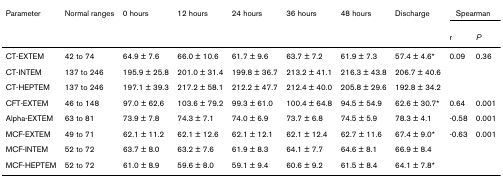
| Parameter | Normal ranges | 0 hours | 12 hours | 24 hours | 36 hours | 48 hours | Discharge | <COLSPAN=2> Spearman |
 |  |  |  |  |  |  |  |  | r | P |
 | --- | --- | --- | --- | --- | --- | --- | --- | --- | --- |
 | CT-EXTEM | 42 to 74 | 64.9 ± 7.6 | 66.0 ± 10.6 | 61.7 ± 9.6 | 63.7 ± 7.2 | 61.9 ± 7.3 | 57.4 ± 4.6* | 0.09 | 0.36 |
 | CT-INTEM | 137 to 246 | 195.9 ± 25.8 | 201.0 ± 31.4 | 199.8 ± 36.7 | 213.2 ± 41.1 | 216.3 ± 43.8 | 206.7 ± 40.6 |  |  |
 | CT-HEPTEM | 137 to 246 | 197.1 ± 39.3 | 217.2 ± 58.1 | 212.2 ± 47.7 | 212.4 ± 40.0 | 205.8 ± 29.6 | 192.8 ± 34.2 |  |  |
 | CFT-EXTEM | 46 to 148 | 97.0 ± 62.6 | 103.6 ± 79.2 | 99.3 ± 61.0 | 100.4 ± 64.8 | 94.5 ± 54.9 | 62.6 ± 30.7* | 0.64 | 0.001 |
 | Alpha-EXTEM | 63 to 81 | 73.9 ± 7.8 | 74.3 ± 7.1 | 74.0 ± 6.9 | 73.7 ± 6.8 | 74.5 ± 5.9 | 78.3 ± 4.1 | -0.58 | 0.001 |
 | MCF-EXTEM | 49 to 71 | 62.1 ± 11.2 | 62.1 ± 12.6 | 62.1 ± 12.1 | 62.1 ± 12.4 | 62.7 ± 11.6 | 67.4 ± 9.0* | -0.63 | 0.001 |
 | MCF-INTEM | 52 to 72 | 63.7 ± 8.0 | 63.2 ± 7.6 | 61.9 ± 8.3 | 64.1 ± 7.7 | 64.6 ± 8.1 | 66.9 ± 8.4 |  |  |
 | MCF-HEPTEM | 52 to 72 | 61.0 ± 8.9 | 59.6 ± 8.0 | 59.1 ± 9.4 | 60.6 ± 9.2 | 61.5 ± 8.4 | 64.1 ± 7.8* |  |  |